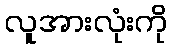
လူအားလုံးကို